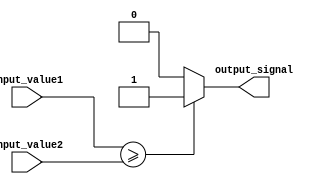
module greater_than_equal_comparator (
    input wire [31:0] input_value1,
    input wire [31:0] input_value2,
    output reg output_signal
);

always @(*)
begin
    if (input_value1 >= input_value2)
        output_signal = 1;
    else
        output_signal = 0;
end

endmodule